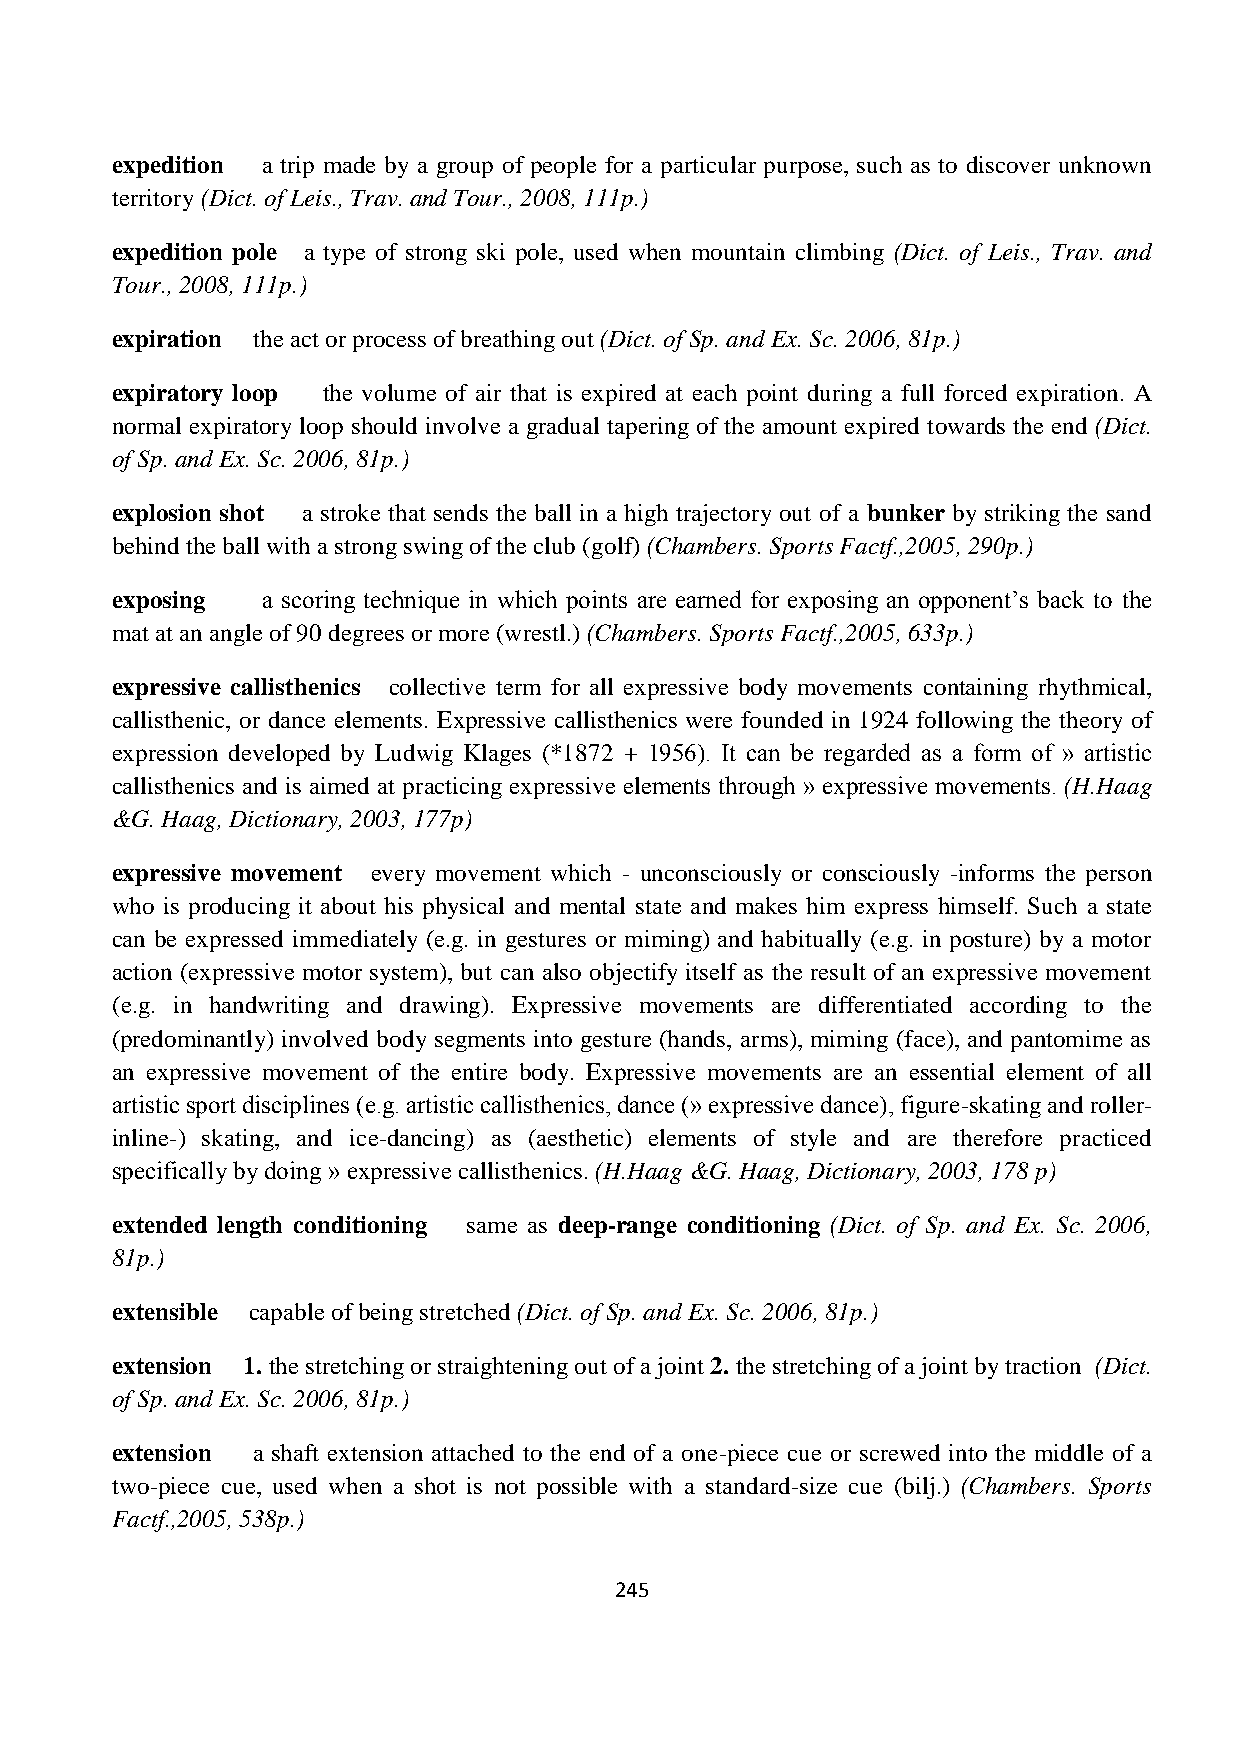
expedition a trip made by a group of people for a particular purpose, such as to discover unknown
 territory (Dict. of Leis., Trav. and Tour., 2008, 111p.)
 expedition pole a type of strong ski pole, used when mountain climbing (Dict. of Leis., Trav. and
 Tour., 2008, 111p.)
 expiration the act or process of breathing out (Dict. of Sp. and Ex. Sc. 2006, 81p.)
 expiratory loop the volume of air that is expired at each point during a full forced expiration. A
 normal expiratory loop should involve a gradual tapering of the amount expired towards the end (Dict.
 of Sp. and Ex. Sc. 2006, 81p.)
 explosion shot a stroke that sends the ball in a high trajectory out of a bunker by striking the sand
 behind the ball with a strong swing of the club (golf) (Chambers. Sports Factf.,2005, 290p.)
 exposing  a scoring technique in which points are earned for exposing an opponent’s back to the
 mat at an angle of 90 degrees or more (wrestl.) (Chambers. Sports Factf.,2005, 633p.)
 expressive callisthenics collective term for all expressive body movements containing rhythmical,
 callisthenic, or dance elements. Expressive callisthenics were founded in 1924 following the theory of
 expression developed by Ludwig Klages (*1872 + 1956). It can be regarded as a form of » artistic
 callisthenics and is aimed at practicing expressive elements through » expressive movements. (H.Haag
 &G. Haag, Dictionary, 2003, 177p)
 expressive movement every movement which - unconsciously or consciously -informs the person
 who is producing it about his physical and mental state and makes him express himself. Such a state
 can be expressed immediately (e.g. in gestures or miming) and habitually (e.g. in posture) by a motor
 action (expressive motor system), but can also objectify itself as the result of an expressive movement
 (e.g. in handwriting and drawing). Expressive movements are differentiated according to the
 (predominantly) involved body segments into gesture (hands, arms), miming (face), and pantomime as
 an expressive movement of the entire body. Expressive movements are an essential element of all
 artistic sport disciplines (e.g. artistic callisthenics, dance (» expressive dance), figure-skating and roller-
 inline-) skating, and ice-dancing) as (aesthetic) elements of style and are therefore practiced
 specifically by doing » expressive callisthenics. (H.Haag &G. Haag, Dictionary, 2003, 178 p)
 extended length conditioning same as deep-range conditioning (Dict. of Sp. and Ex. Sc. 2006,
 81p.)
 extensible capable of being stretched (Dict. of Sp. and Ex. Sc. 2006, 81p.)
 extension 1. the stretching or straightening out of a joint 2. the stretching of a joint by traction (Dict.
 of Sp. and Ex. Sc. 2006, 81p.)
 extension a shaft extension attached to the end of a one-piece cue or screwed into the middle of a
 two-piece cue, used when a shot is not possible with a standard-size cue (bilj.) (Chambers. Sports
 Factf.,2005, 538p.)
 245